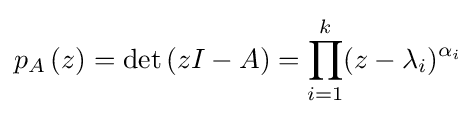
p_{A}\left(z\right)=\det \left(zI-A\right)=\prod _{i=1}^{k}(z-\lambda _{i})^{\alpha _{i}}